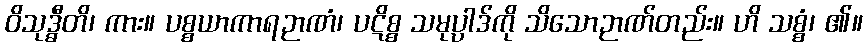
ဝိသုဒ္ဓီတိ၊ ကား။ ပစ္စယာကာရဉာဏံ၊ ပဋိစ္စ သမုပ္ပါဒ်ကို သိသောဉာဏ်တည်း။ ဟိ သစ္စံ၊ ၏။